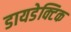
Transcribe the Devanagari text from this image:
डायडेक्टिक